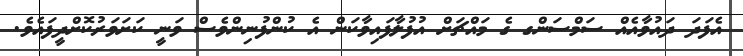
އެފަދަ ދައުވާއެއް ސަމްސަންގ ގެ މައްޗަށް އުފުލާފައިވާކަން އެ ކުންފުނިންވެސް ވަނީ ކަށަވަރުކޮށްދީފައެވެ.